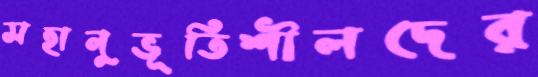
সহানুভূতিশীলদের